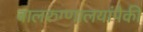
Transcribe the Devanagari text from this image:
बालरुग्णालयांपैकी